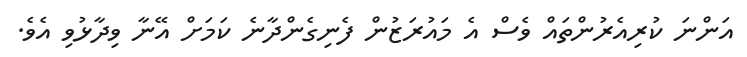
އަންނަ ކުރިއެރުންތައް ވެސް އެ މައުރަޒުން ފެނިގެންދާނެ ކަމަށް އޭނާ ވިދާޅުވި އެވެ.